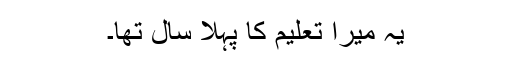
یہ میرا تعلیم کا پہلا سال تھا۔